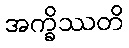
အက္ခိဿတိ